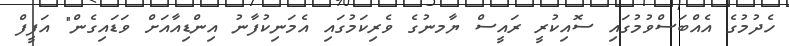
ހެދުމުގެ އެއްބަސްވުމުގައި ސޮއިކުރީ ރައީސް ޔާމނުގެ ވެރިކަމުގައި އެމަނިކުފާނު އިންޑިއާއަށް ވަޑަައިގެން" އަފީފް